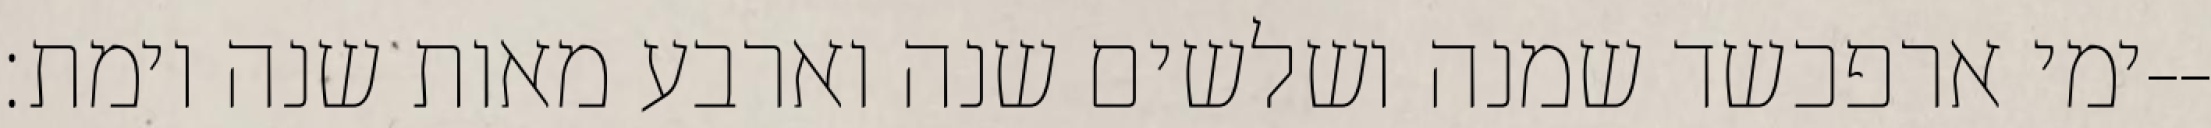
ימי ארפכשד שמנה ושלשים שנה וארבע מאות שנה וימת׃--